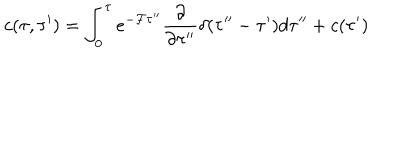
LaTeX: c ( \tau , \tau ^ { \prime } ) = \int _ { 0 } ^ { \tau } e ^ { - { \cal F } \tau ^ { \prime \prime } } \frac { \partial } { \partial \tau ^ { \prime \prime } } \delta ( \tau ^ { \prime \prime } - \tau ^ { \prime } ) d \tau ^ { \prime \prime } + c ( \tau ^ { \prime } )